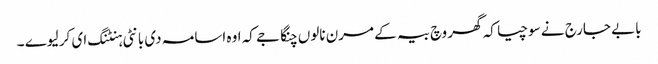
بابے جارج نے سوچیا کہ گھر وچ بیہ کے مرن نالوں چنگا جے کہ اوہ اسامہ دی بانٹی ہنٹنگ ای کر لیوے ۔